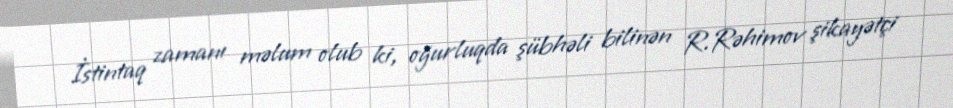
İstintaq zamanı məlum olub ki, oğurluqda şübhəli bilinən R.Rəhimov şikayətçi